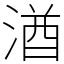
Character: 湭